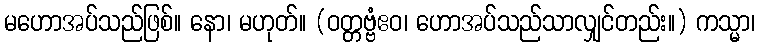
မဟောအပ်သည်ဖြစ်။ နော၊ မဟုတ်။ (ဝတ္တဗ္ဗံဧဝ၊ ဟောအပ်သည်သာလျှင်တည်း။) ကသ္မာ၊